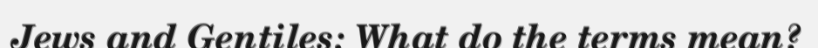
Jews and Gentiles: What do the terms mean?